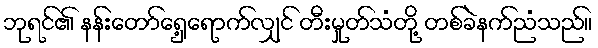
ဘုရင်၏ နန်းတော်ရှေ့ရောက်လျှင် တီးမှုတ်သံတို့ တစ်ခဲနက်ညံသည်။